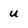
Character: u